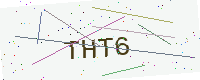
Text: THT6